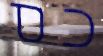
כס